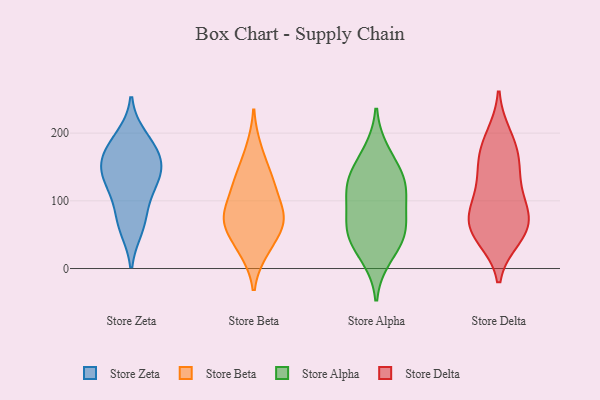
{"axis": {"x": "Market Share (%)", "y": "Value"}, "legend": ["Store Alpha", "Store Beta", "Store Delta", "Store Zeta"], "data": [{"x": "", "y": 70, "type": "Store Zeta"}, {"x": "", "y": 177, "type": "Store Zeta"}, {"x": "", "y": 143, "type": "Store Zeta"}, {"x": "", "y": 105, "type": "Store Zeta"}, {"x": "", "y": 157, "type": "Store Zeta"}, {"x": "", "y": 61, "type": "Store Zeta"}, {"x": "", "y": 131, "type": "Store Zeta"}, {"x": "", "y": 135, "type": "Store Zeta"}, {"x": "", "y": 170, "type": "Store Zeta"}, {"x": "", "y": 194, "type": "Store Zeta"}, {"x": "", "y": 125, "type": "Store Beta"}, {"x": "", "y": 67, "type": "Store Beta"}, {"x": "", "y": 177, "type": "Store Beta"}, {"x": "", "y": 26, "type": "Store Beta"}, {"x": "", "y": 74, "type": "Store Beta"}, {"x": "", "y": 30, "type": "Store Beta"}, {"x": "", "y": 99, "type": "Store Beta"}, {"x": "", "y": 73, "type": "Store Beta"}, {"x": "", "y": 126, "type": "Store Beta"}, {"x": "", "y": 140, "type": "Store Beta"}, {"x": "", "y": 63, "type": "Store Beta"}, {"x": "", "y": 77, "type": "Store Beta"}, {"x": "", "y": 48, "type": "Store Alpha"}, {"x": "", "y": 119, "type": "Store Alpha"}, {"x": "", "y": 141, "type": "Store Alpha"}, {"x": "", "y": 125, "type": "Store Alpha"}, {"x": "", "y": 171, "type": "Store Alpha"}, {"x": "", "y": 112, "type": "Store Alpha"}, {"x": "", "y": 18, "type": "Store Alpha"}, {"x": "", "y": 78, "type": "Store Alpha"}, {"x": "", "y": 53, "type": "Store Alpha"}, {"x": "", "y": 55, "type": "Store Alpha"}, {"x": "", "y": 46, "type": "Store Delta"}, {"x": "", "y": 195, "type": "Store Delta"}, {"x": "", "y": 183, "type": "Store Delta"}, {"x": "", "y": 53, "type": "Store Delta"}, {"x": "", "y": 161, "type": "Store Delta"}, {"x": "", "y": 136, "type": "Store Delta"}, {"x": "", "y": 73, "type": "Store Delta"}, {"x": "", "y": 52, "type": "Store Delta"}, {"x": "", "y": 107, "type": "Store Delta"}, {"x": "", "y": 67, "type": "Store Delta"}, {"x": "", "y": 77, "type": "Store Delta"}, {"x": "", "y": 98, "type": "Store Delta"}, {"x": "", "y": 154, "type": "Store Delta"}]}